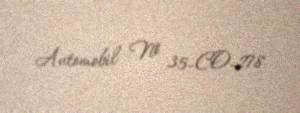
Avtomobil № 35-CO-278